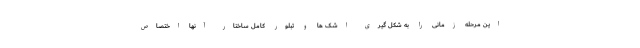
این مرحله زمانی را به شکل گیری اشک ها و تبلور کامل ساختار آنها اختصاص